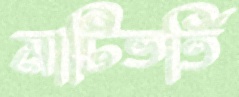
মাটিভর্তি